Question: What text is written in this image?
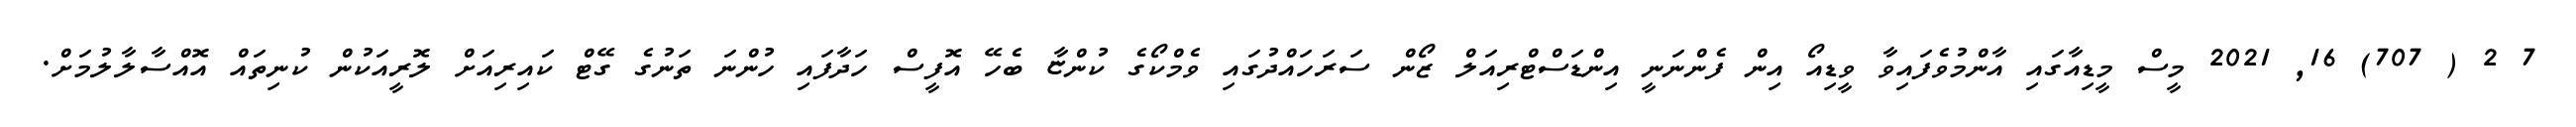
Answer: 7 2 ( 707) 16, 2021 މީސް މީޑިއާގައި އާންމުވެފައިވާ ވީޑިއޯ އިން ފެންނަނީ އިންޑަސްޓްރިއަލް ޒޯން ސަރަހައްދުގައި ވެމްކޯގެ ކުންޏާ ބެހޭ އޮފީސް ހަދާފައި ހުންނަ ތަނުގެ ގޭޓް ކައިރިއަށް ލޮރީއަކުން ކުނިތައް އޮއްސާލާލުމަށް.